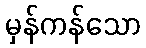
မှန်ကန်သော